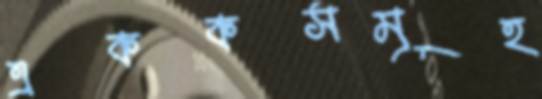
এককসমূহ